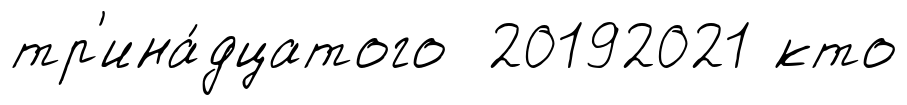
тр'ина́дцатого 20192021 кто